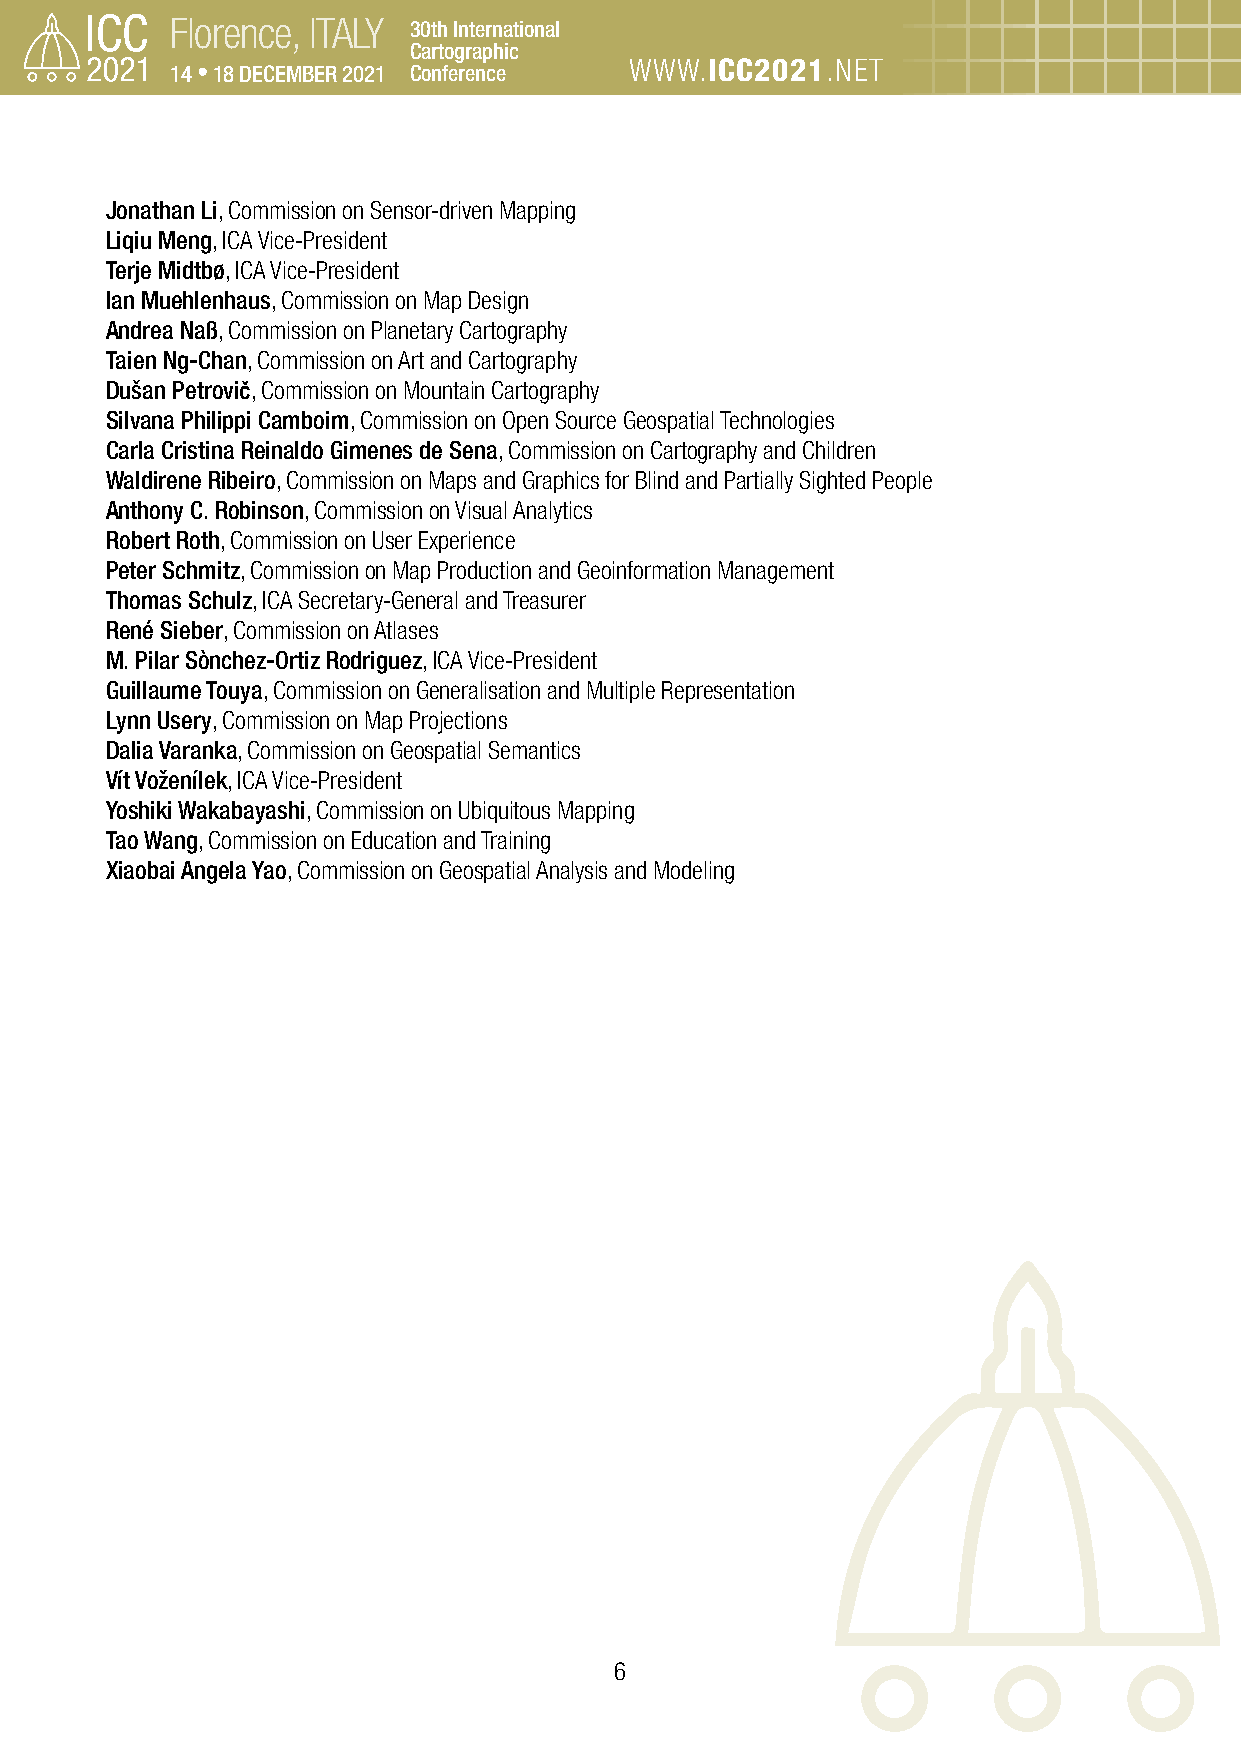
Florence, ITALY 30th International
 Cartographic
 14 • 18 DECEMBER 2021 Conference WWW.ICC2021.NET
 Jonathan Li, Commission on Sensor-driven Mapping
 Liqiu Meng, ICA Vice-President
 Terje Midtbø, ICA Vice-President
 Ian Muehlenhaus, Commission on Map Design
 Andrea Naß, Commission on Planetary Cartography
 Taien Ng-Chan, Commission on Art and Cartography
 Dušan Petrovič, Commission on Mountain Cartography
 Silvana Philippi Camboim, Commission on Open Source Geospatial Technologies
 Carla Cristina Reinaldo Gimenes de Sena, Commission on Cartography and Children
 Waldirene Ribeiro, Commission on Maps and Graphics for Blind and Partially Sighted People
 Anthony C. Robinson, Commission on Visual Analytics
 Robert Roth, Commission on User Experience
 Peter Schmitz, Commission on Map Production and Geoinformation Management
 Thomas Schulz, ICA Secretary-General and Treasurer
 René Sieber, Commission on Atlases
 M. Pilar Sònchez-Ortiz Rodriguez, ICA Vice-President
 Guillaume Touya, Commission on Generalisation and Multiple Representation
 Lynn Usery, Commission on Map Projections
 Dalia Varanka, Commission on Geospatial Semantics
 Vít Voženílek, ICA Vice-President
 Yoshiki Wakabayashi, Commission on Ubiquitous Mapping
 Tao Wang, Commission on Education and Training
 Xiaobai Angela Yao, Commission on Geospatial Analysis and Modeling
 6